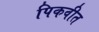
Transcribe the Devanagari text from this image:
पिकवीत